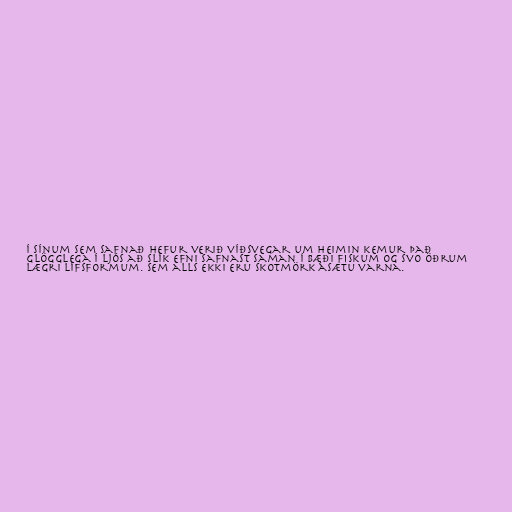
Í sínum sem safnað hefur verið víðsvegar um heimin kemur það
glögglega í ljós að slík efni safnast saman í bæði fiskum og svo öðrum
lægri lífsformum. Sem alls ekki eru skotmörk ásætu varna.